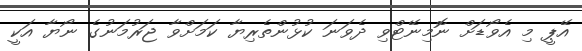
އޭޕީ މި އެވޯޑަށް ނޮމިނޭޓްވި ދެވަނަ ކުޅުންތެރިޔާ ކަމަށްވާ ޖަރުމަނުގެ ނޯޔާ އަކީ